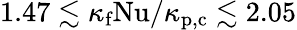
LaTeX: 1.47\lesssim\kappa_{\textrm{f}}\mathrm{Nu}/\kappa_{\textrm{p,c}}\lesssim 2.05